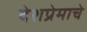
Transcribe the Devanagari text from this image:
देशप्रेमाचे